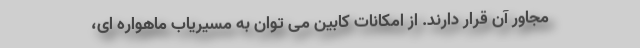
مجاور آن قرار دارند. از امکانات کابین می توان به مسیریاب ماهواره ای،